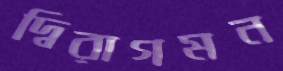
দ্বিরাগমন